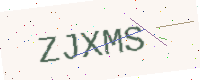
Text: ZJXMS